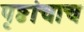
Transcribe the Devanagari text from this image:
पृष्ठांचाच